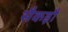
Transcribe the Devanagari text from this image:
सैकड़ौ